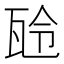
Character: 𤬻